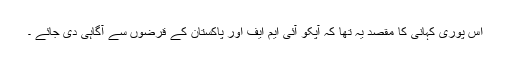
اس پوری کہانی کا مقصد یہ تھا کہ آپکو آئی ایم ایف اور پاکستان کے قرضوں سے آگاہی دی جائے ۔